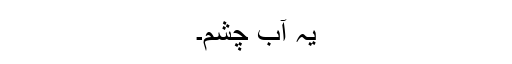
یہ آب چشم۔